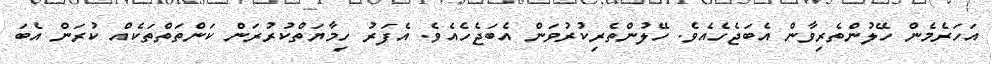
އަހަރެމެން ހޭލުންތެރިވާން އެބަޖެހެއެވެ. ހޭލުންތެރިކުރުވަން އެބަޖެހެއެވެ. އެފަރު ހިމާޔަތްކުރުރަން ކަންތަތްތަކެއް ކުރަން އެބަ